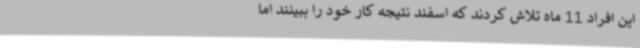
این افراد 11 ماه تلاش کردند که اسفند نتیجه کار خود را ببینند اما